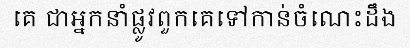
គេ ជាអ្នកនាំផ្លូវពួកគេទៅកាន់ចំណេះដឹង